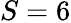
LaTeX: S=6